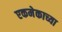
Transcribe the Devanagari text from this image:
एकमेकाच्या